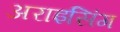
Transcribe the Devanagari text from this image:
अराइसिंग